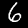
Digit: 6